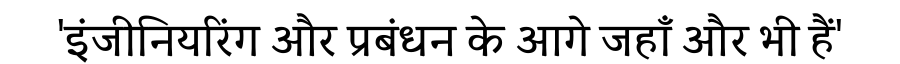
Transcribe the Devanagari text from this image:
'इंजीनियरिंग और प्रबंधन के आगे जहाँ और भी हैं'